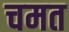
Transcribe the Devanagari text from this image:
चमत